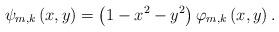
LaTeX: \begin{align*}\psi_{m,k}\left( x,y\right) =\left( 1-x^{2}-y^{2}\right) \varphi_{m,k}\left( x,y\right) .\end{align*}